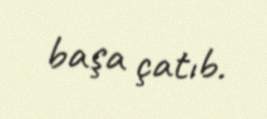
başa çatıb.